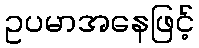
ဥပမာအနေဖြင့်